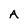
Character: A